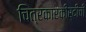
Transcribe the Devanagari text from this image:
चित्रकारकीर्दीची